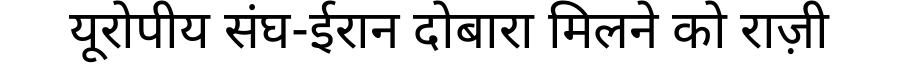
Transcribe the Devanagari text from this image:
यूरोपीय संघ-ईरान दोबारा मिलने को राज़ी